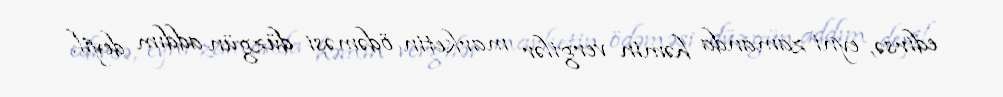
edirsə, eyni zamanda həmin vergilər marketin ödəməsi düzgün addım deyil.